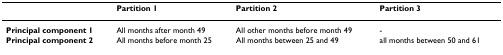
<table><thead><tr><td></td><td><b>Partition 1</b></td><td><b>Partition 2</b></td><td><b>Partition 3</b></td></tr></thead><tbody><tr><td><b>Principal component 1</b></td><td>All months after month 49</td><td>All other months before month 49</td><td>-</td></tr><tr><td><b>Principal component 2</b></td><td>All months before month 25</td><td>All months between 25 and 49</td><td>all months between 50 and 61</td></tr></tbody></table>